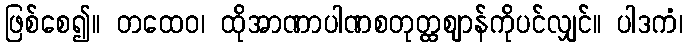
ဖြစ်စေ၍။ တထေဝ၊ ထိုအာဏာပါဏစတုတ္ထဈာန်ကိုပင်လျှင်။ ပါဒကံ၊